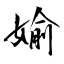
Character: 媮